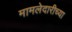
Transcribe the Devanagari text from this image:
मामलेदारीच्या